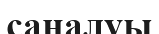
саналуы